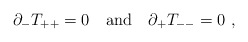
\begin{align*}\partial_-T_{++}=0 \quad \mbox{and} \quad \partial_+T_{--}=0\ ,\end{align*}